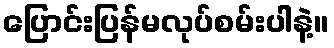
ပြောင်းပြန်မလုပ်စမ်းပါနဲ့။